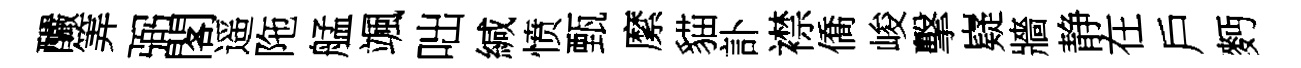
釅筭弼閣遥陁艋颯咄緘愤甄縻貓訃襟僑峻擊嶷牆静在戶麪